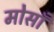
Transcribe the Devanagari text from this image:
मोसाँ